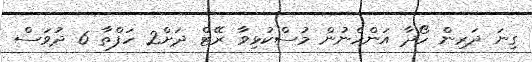
ގިނަ ދަރިން ހޯދާ އަންހެނުން މުސްކުޅިވާ ރޭޓް ދަށް2 ހަފްތާ 6 ދުވަސް